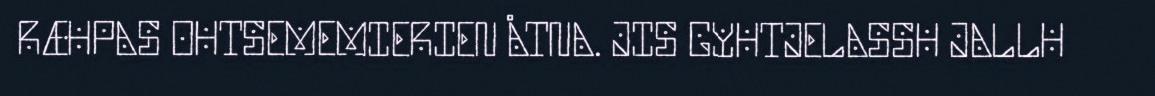
RÆHPAS OHTSEMEMIERIEN ÅTNA. JIS GYHTJELASSH JALLH